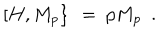
LaTeX: \left[ \left. H , M _ { p } \right\} \right. \ = \ p M _ { p } \ \ .